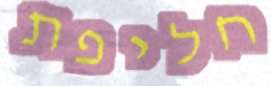
חליפת